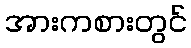
အားကစားတွင်